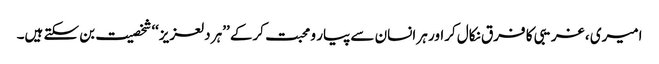
امیری ، غریبی کا فرق نکال کراور ہر انسان سے پیار و محبت کرکے ’’ہر دلعزیز‘‘ شخصیت بن سکتے ہیں۔